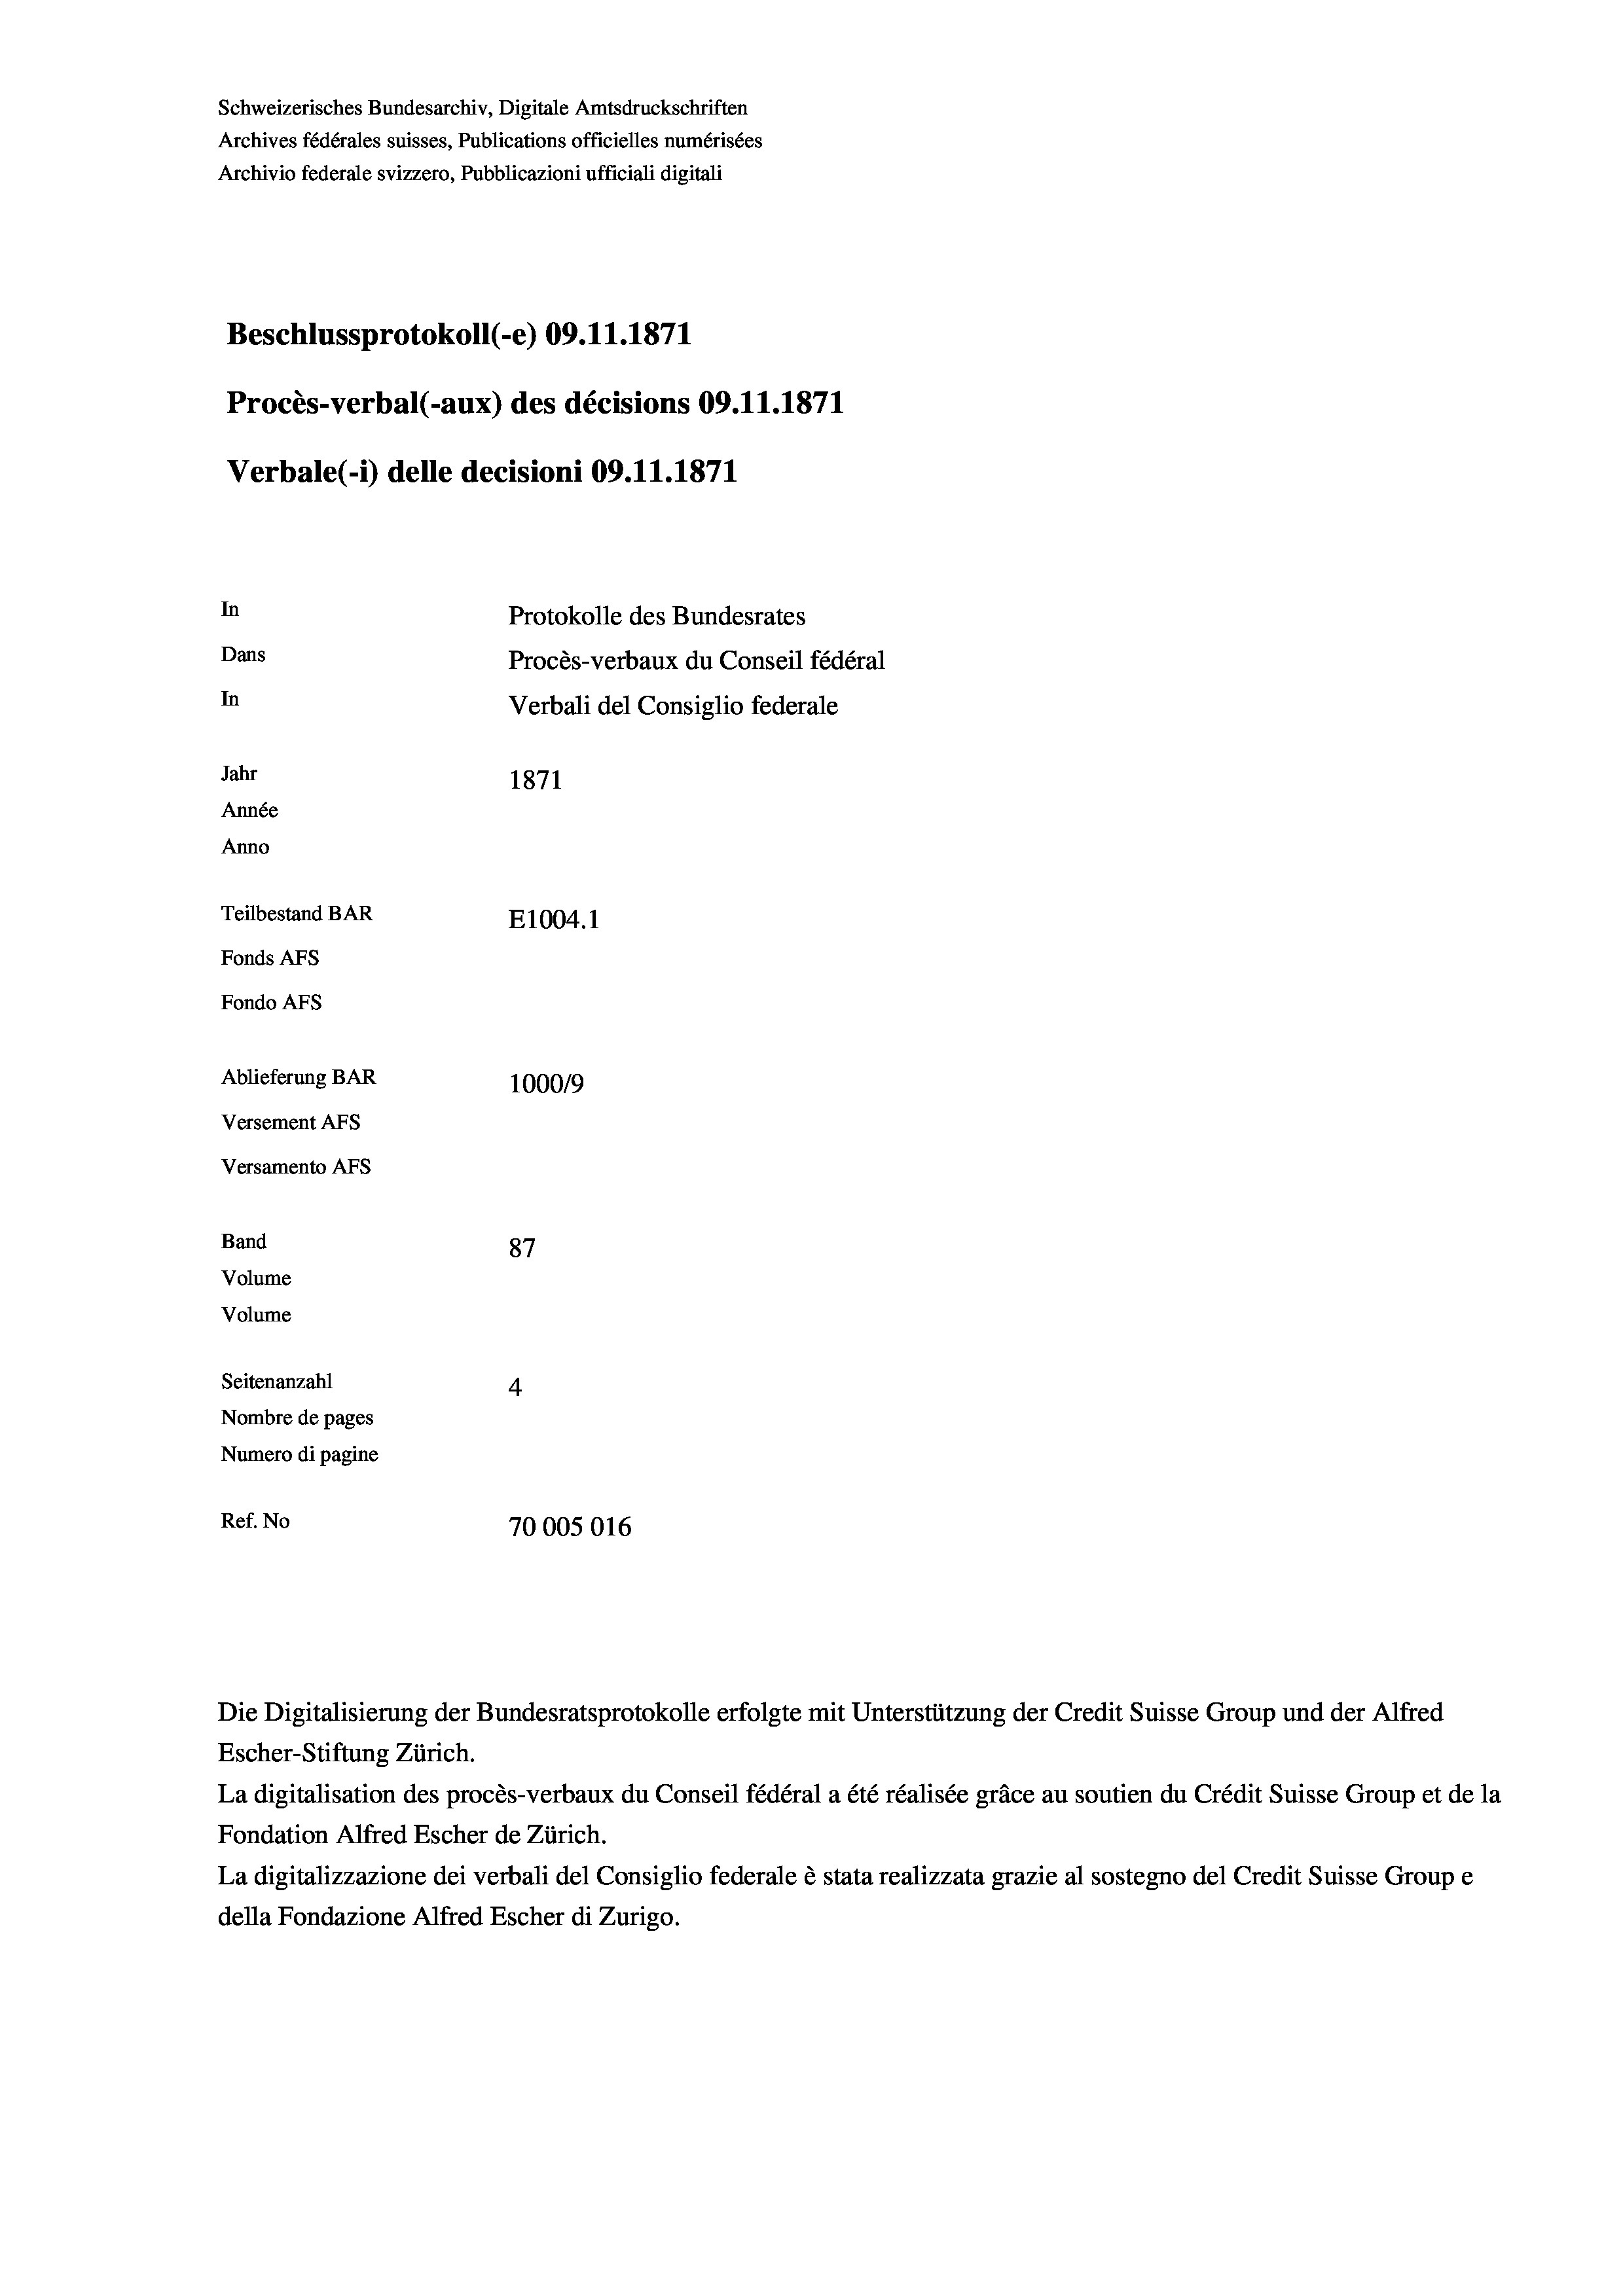
Schweizerisches Bundesarchiv, Digitale Amtsdruckschriften
Archives fédérales suisses, Publications officielles numérisées
Archivio federale svizzero, Pubblicazioni ufficiali digitali
Beschlussprotokoll (-e) 09.11.1871
Procès-verbal (-aux) des décisions 09.11.1871
Verbale (1) delle decisioni 09.11.1871
In
Protokolle des Bundesrates
Dans
Procès-verbaux du Conseil fédéral
In
Verbali del Consiglio federale
Jahr
1871
Année
Anno
Teilbestand BAR
E1004.1
Fonds AFs
Fondo AFs
Ablieferung BAR
100019
Versement AFS
Versamento Afs
Band
87
Volume
Volume

Seitenanzahl
4
Nombre de pages
Numero di pagine
Ref. No
70005016

Die Digitalisierung der Bundesratsprotokolle erfolgte mit Unterstützung der Credit Suisse Group und der Alfred
Escher-Stiftung Zürich.
La digitalisation des procès-verbaux du Conseil fédéral a été réalisée gräce au soutien du Crédit Suisse Group et de la
Fondation Alfred Escher de Zürich.
La digitalizzazione dei verbali del Consiglio federale è stata realizzata grazie al sostegno del Credit Suisse Groupe
della Fondazione Alfred Escher di Zurigo.